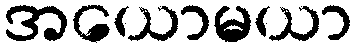
အယောမယာ